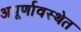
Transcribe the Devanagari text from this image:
अपूर्णावस्थेत